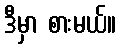
ဒီမှာ စားမယ်။